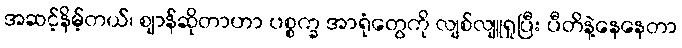
အဆင့်နိမ့်တယ်၊ ဈာန်ဆိုတာဟာ ပစ္စက္ခ အာရုံတွေကို လျစ်လျူရှုပြီး ပီတိနဲ့နေနေတာ